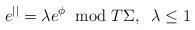
LaTeX: \begin{align*}e^{||}=\lambda e^{\phi}\;\;\mbox{mod}\; T\Sigma,\;\;\lambda\leq 1\end{align*}